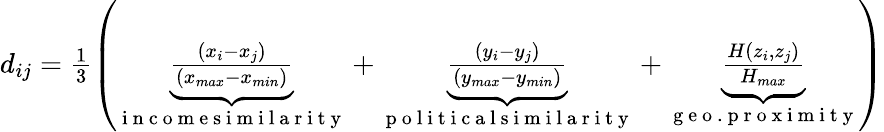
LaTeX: \begin{array}{r}{d_{ij}=\frac{1}{3}\left(\underbrace{\frac{(x_{i}-x_{j})}{(x_{max}-x_{min})}}_{\mathrm{~i~n~c~o~m~e~s~i~m~i~l~a~r~i~t~y~}}+\underbrace{\frac{(y_{i}-y_{j})}{(y_{max}-y_{min})}}_{\mathrm{~p~o~l~i~t~i~c~a~l~s~i~m~i~l~a~r~i~t~y~}}+\underbrace{\frac{H(z_{i},z_{j})}{H_{max}}}_{\mathrm{~g~e~o~.~p~r~o~x~i~m~i~t~y~}}\right)}\end{array}